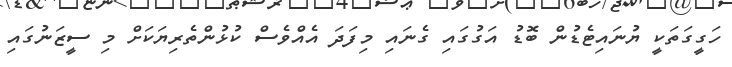
ހަގީގަތަކީ ޔުނައިޓެޑުން ބޮޑު އަގުގައި ގެނައި މިފަދަ އެއްވެސް ކުޅުންތެރިޔަކަށް މި ސީޒަނުގައި